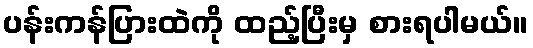
ပန်းကန်ပြားထဲကို ထည့်ပြီးမှ စားရပါမယ်။